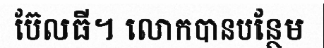
ប៊ែលធី។ លោកបានបន្ថែម